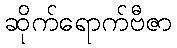
ဆိုက်ရောက်ဗီဇာ